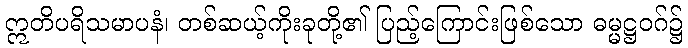
ဣတိပရိသမာပနံ၊ တစ်ဆယ့်ကိုးခုတို့၏ ပြည့်ကြောင်းဖြစ်သော ဓမ္မဋ္ဌဝဂ်၌